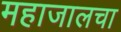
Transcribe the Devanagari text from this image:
महाजालचा